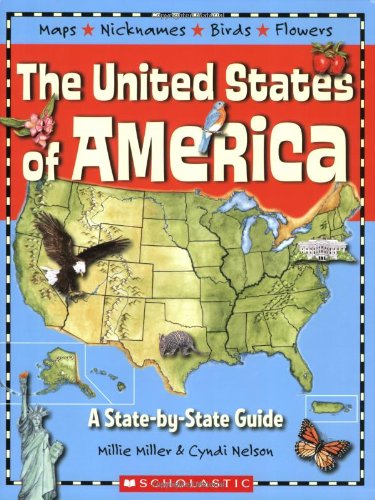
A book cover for The United States of America: A State-by-State Guide; Millie Miller; Children's Books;